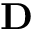
\textbf { D }